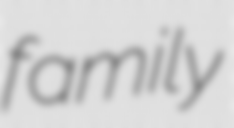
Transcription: family